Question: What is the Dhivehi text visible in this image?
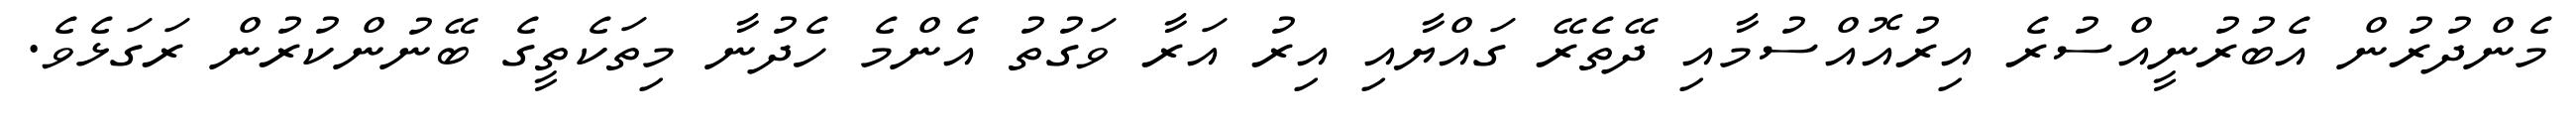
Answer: މެންދުރުން އެބުރުނީއްސުރެ އިރުއޮއްސުމާއި ދޭތެރޭ ގައްޔާއި އިރު އަރާ ވަގުތު އެންމެ ހެދުނާ މިތަކެތީގެ ބޭނުންކުރުން ރަގަޅެވެ.